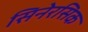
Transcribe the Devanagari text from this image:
सिनेरसिक